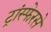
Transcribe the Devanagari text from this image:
ट्रांस्फेरसे